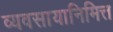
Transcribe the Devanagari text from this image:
व्यवसायानिमित्त